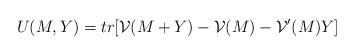
LaTeX: \begin{align*}U(M, Y)=tr[{\cal V}(M+Y)-{\cal V}(M)-{\cal V}'(M)Y]\end{align*}